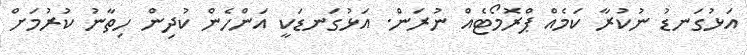
އަޅުގަނޑު ނުކުރާ ކަމެއް ޕްރޮމޯޓެއް ނުރަން. އަޅުގަނޑަކީ އަންހެން ކުދިން ހިތާނު ކުރުމަށް